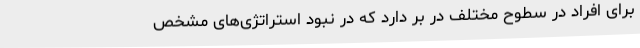
برای افراد در سطوح مختلف در بر دارد که در نبود استراتژی‌های مشخص